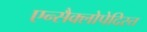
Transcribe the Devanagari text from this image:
एन्सैक्लोपेदिस्त